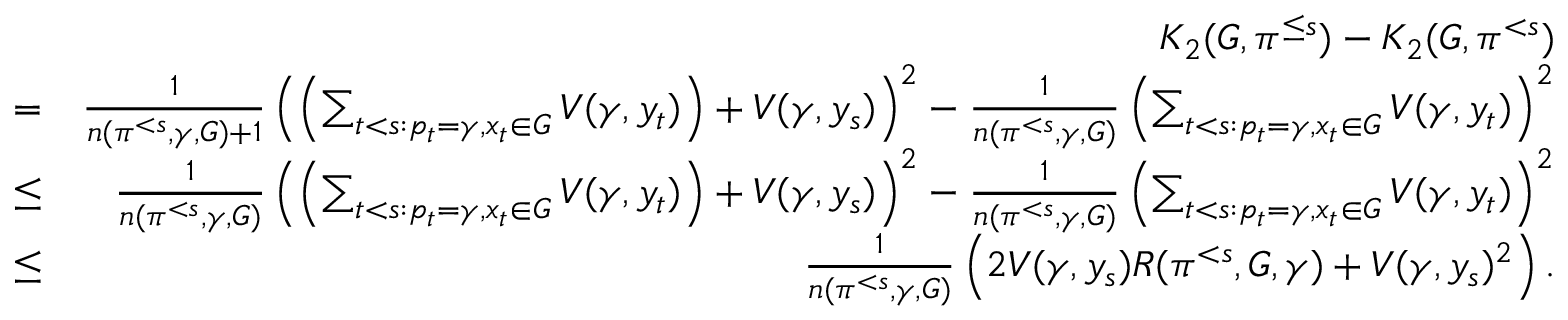
\begin{array} { r l r } & { } & { K _ { 2 } ( G , \pi ^ { \leq s } ) - K _ { 2 } ( G , \pi ^ { < s } ) } \\ & { = } & { \frac { 1 } { n ( \pi ^ { < s } , \gamma , G ) + 1 } \left( \left( \sum _ { t < s : p _ { t } = \gamma , x _ { t } \in G } V ( \gamma , y _ { t } ) \right) + V ( \gamma , y _ { s } ) \right) ^ { 2 } - \frac { 1 } { n ( \pi ^ { < s } , \gamma , G ) } \left( \sum _ { t < s : p _ { t } = \gamma , x _ { t } \in G } V ( \gamma , y _ { t } ) \right) ^ { 2 } } \\ & { \leq } & { \frac { 1 } { n ( \pi ^ { < s } , \gamma , G ) } \left( \left( \sum _ { t < s : p _ { t } = \gamma , x _ { t } \in G } V ( \gamma , y _ { t } ) \right) + V ( \gamma , y _ { s } ) \right) ^ { 2 } - \frac { 1 } { n ( \pi ^ { < s } , \gamma , G ) } \left( \sum _ { t < s : p _ { t } = \gamma , x _ { t } \in G } V ( \gamma , y _ { t } ) \right) ^ { 2 } } \\ & { \leq } & { \frac { 1 } { n ( \pi ^ { < s } , \gamma , G ) } \left( 2 V ( \gamma , y _ { s } ) R ( \pi ^ { < s } , G , \gamma ) + V ( \gamma , y _ { s } ) ^ { 2 } \right) . } \end{array}